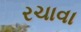
રચાવા